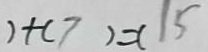
) + ( 7 ) = ( 1 5